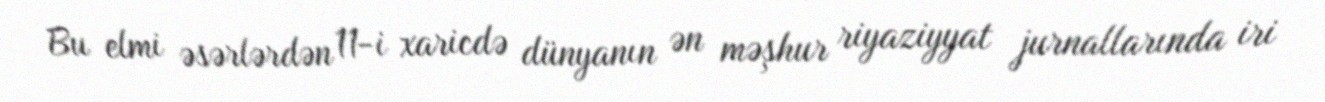
Bu elmi əsərlərdən 11-i xaricdə dünyanın ən məşhur riyaziyyat jurnallarında iri